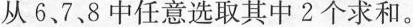
从6、7、8中任意选取其中2个求和。